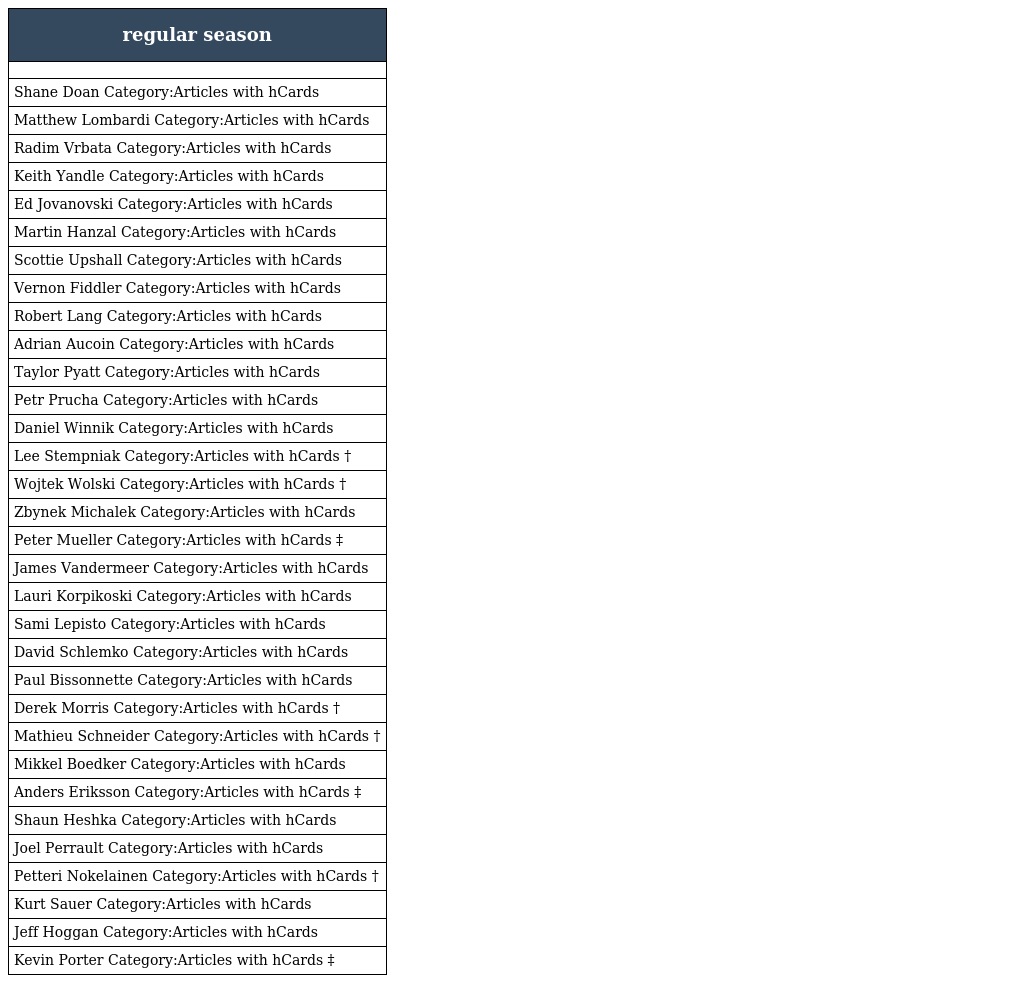
| regular season |
 | --- |
 |  |
 | Shane Doan Category:Articles with hCards |
 | Matthew Lombardi Category:Articles with hCards |
 | Radim Vrbata Category:Articles with hCards |
 | Keith Yandle Category:Articles with hCards |
 | Ed Jovanovski Category:Articles with hCards |
 | Martin Hanzal Category:Articles with hCards |
 | Scottie Upshall Category:Articles with hCards |
 | Vernon Fiddler Category:Articles with hCards |
 | Robert Lang Category:Articles with hCards |
 | Adrian Aucoin Category:Articles with hCards |
 | Taylor Pyatt Category:Articles with hCards |
 | Petr Prucha Category:Articles with hCards |
 | Daniel Winnik Category:Articles with hCards |
 | Lee Stempniak Category:Articles with hCards † |
 | Wojtek Wolski Category:Articles with hCards † |
 | Zbynek Michalek Category:Articles with hCards |
 | Peter Mueller Category:Articles with hCards ‡ |
 | James Vandermeer Category:Articles with hCards |
 | Lauri Korpikoski Category:Articles with hCards |
 | Sami Lepisto Category:Articles with hCards |
 | David Schlemko Category:Articles with hCards |
 | Paul Bissonnette Category:Articles with hCards |
 | Derek Morris Category:Articles with hCards † |
 | Mathieu Schneider Category:Articles with hCards † |
 | Mikkel Boedker Category:Articles with hCards |
 | Anders Eriksson Category:Articles with hCards ‡ |
 | Shaun Heshka Category:Articles with hCards |
 | Joel Perrault Category:Articles with hCards |
 | Petteri Nokelainen Category:Articles with hCards † |
 | Kurt Sauer Category:Articles with hCards |
 | Jeff Hoggan Category:Articles with hCards |
 | Kevin Porter Category:Articles with hCards ‡ |